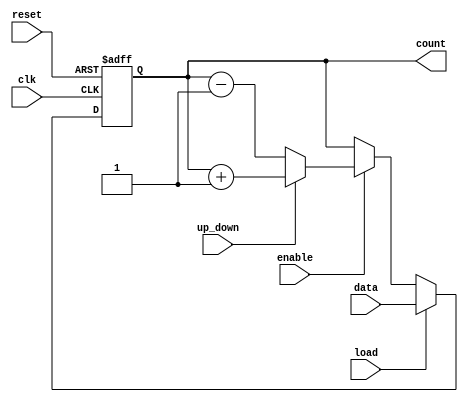
module synchronous_load_counter (
    input clk,              // Clock input
    input reset,            // Asynchronous reset input
    input load,             // Load signal
    input [7:0] data,       // Data input for loading the counter
    input enable,           // Count enable signal
    input up_down,          // Direction control (1 = count up, 0 = count down)
    output reg [7:0] count  // Current count output
);

    // Predefined reset value
    parameter RESET_VALUE = 8'b00000000;

    // Always block for synchronous operations
    always @(posedge clk or posedge reset) begin
        if (reset) begin
            // Asynchronous reset takes precedence
            count <= RESET_VALUE;
        end else if (load) begin
            // On load signal, load the data input
            count <= data;
        end else if (enable) begin
            // Count up or down based on the up_down signal
            if (up_down) begin
                count <= count + 1; // Increment
            end else begin
                count <= count - 1; // Decrement
            end
        end
        // If none of the above conditions are met, count retains its value
    end

endmodule